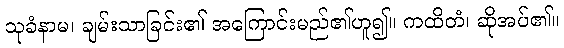
သုခံနာမ၊ ချမ်းသာခြင်း၏ အကြောင်းမည်၏ဟူ၍။ ကထိတံ၊ ဆိုအပ်၏။